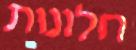
חלונות